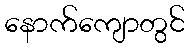
နောက်ကျောတွင်